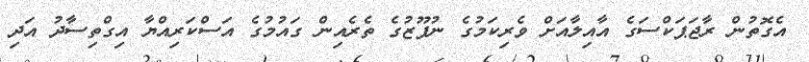
އެގޮތުން ރާޖަޕަކްސަގެ އާއިލާއަށް ވެރިކަމުގެ ނުފޫޒުގެ ތެރެއިން ގައުމުގެ އަސްކަރިއްޔާ އިގްތިސާދު އަދި